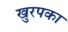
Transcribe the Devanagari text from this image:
खुरपका